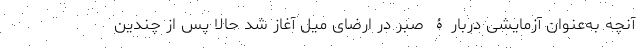
آنچه به‌عنوان آزمایشی دربارۀ صبر در ارضای میل آغاز شد حالا پس از چندین